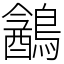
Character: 䳺